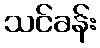
သင်ခန်း